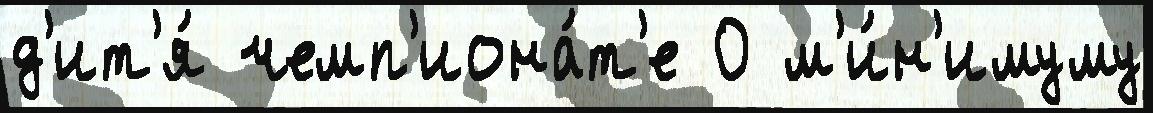
д'ит'я́ чемп'иона́т'е 0 м'и́н'имуму